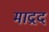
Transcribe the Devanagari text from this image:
माद्रद